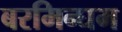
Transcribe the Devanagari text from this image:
बरमिन्घम